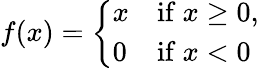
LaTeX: f(x)={\left\{ \begin{array}{ll}{x}&{{\mathrm{if~}}x\geq 0,}\\ {0}&{{\mathrm{if~}}x<0}\end{array}\right.}